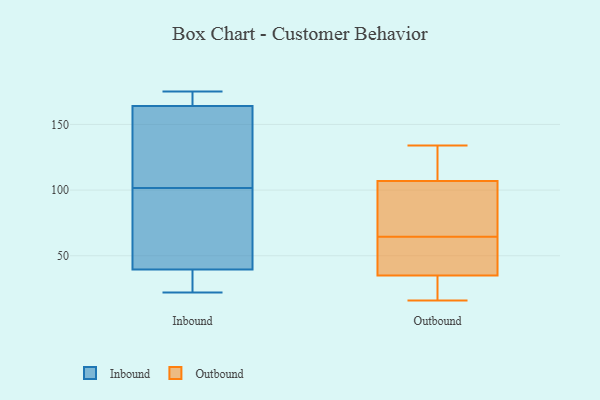
{"axis": {"x": "Population (Million)", "y": "Value"}, "legend": ["Inbound", "Outbound"], "data": [{"x": "", "y": 175, "type": "Inbound"}, {"x": "", "y": 170, "type": "Inbound"}, {"x": "", "y": 22, "type": "Inbound"}, {"x": "", "y": 167, "type": "Inbound"}, {"x": "", "y": 123, "type": "Inbound"}, {"x": "", "y": 161, "type": "Inbound"}, {"x": "", "y": 41, "type": "Inbound"}, {"x": "", "y": 34, "type": "Inbound"}, {"x": "", "y": 38, "type": "Inbound"}, {"x": "", "y": 124, "type": "Inbound"}, {"x": "", "y": 51, "type": "Inbound"}, {"x": "", "y": 80, "type": "Inbound"}, {"x": "", "y": 64, "type": "Outbound"}, {"x": "", "y": 134, "type": "Outbound"}, {"x": "", "y": 16, "type": "Outbound"}, {"x": "", "y": 35, "type": "Outbound"}, {"x": "", "y": 29, "type": "Outbound"}, {"x": "", "y": 35, "type": "Outbound"}, {"x": "", "y": 78, "type": "Outbound"}, {"x": "", "y": 107, "type": "Outbound"}, {"x": "", "y": 125, "type": "Outbound"}, {"x": "", "y": 65, "type": "Outbound"}]}